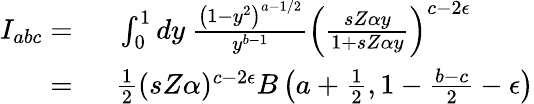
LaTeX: \begin{array}{rl}{I_{abc}=\ }&{{}\int_{0}^{1}dy\ \frac{\left(1-y^{2}\right)^{a-1/2}}{y^{b-1}}\left(\frac{sZ\alpha y}{1+sZ\alpha y}\right)^{c-2\epsilon}}\\ {=\ }&{{}\frac{1}{2}(sZ\alpha)^{c-2\epsilon}B\left(a+\frac{1}{2},1-\frac{b-c}{2}-\epsilon\right)}\end{array}